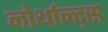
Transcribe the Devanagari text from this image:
नोर्थान्ट्स